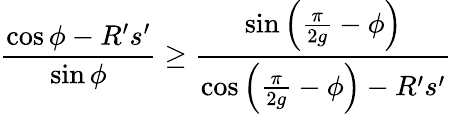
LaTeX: \frac{\cos\phi-R^{\prime}s^{\prime}}{\sin\phi}\geq\frac{\sin\left(\frac{\pi}{2g}-\phi\right)}{\cos\left(\frac{\pi}{2g}-\phi\right)-R^{\prime}s^{\prime}}